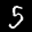
Label: 5